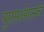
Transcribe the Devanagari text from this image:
युएसओएसचे